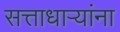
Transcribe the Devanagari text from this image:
सत्ताधाऱ्यांना